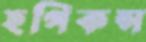
হপিকন্স